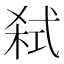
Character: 弑